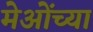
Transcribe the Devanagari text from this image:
मेओंच्या